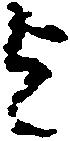
を